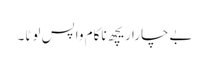
بےچارا ریچھ ناکام واپس لوٹا۔